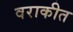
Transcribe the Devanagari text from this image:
वराकीत